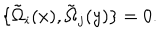
LaTeX: \{ \tilde { \Omega } _ { i } ( x ) , \tilde { \Omega } _ { j } ( y ) \} = 0 .